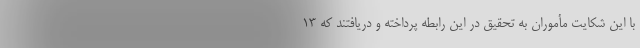
با این شکایت مأموران به تحقیق در این رابطه پرداخته و دریافتند که ۱۳